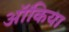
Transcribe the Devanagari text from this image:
ऑंकिया